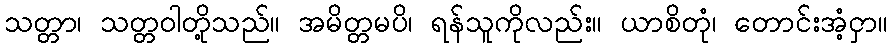
သတ္တာ၊ သတ္တဝါတို့သည်။ အမိတ္တမပိ၊ ရန်သူကိုလည်း။ ယာစိတုံ၊ တောင်းအံ့ငှာ။